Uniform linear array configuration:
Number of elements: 24
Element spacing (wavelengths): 0.5
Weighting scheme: cosine
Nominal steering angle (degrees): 45
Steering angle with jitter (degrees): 43.926
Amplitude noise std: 0.05
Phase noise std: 0.05

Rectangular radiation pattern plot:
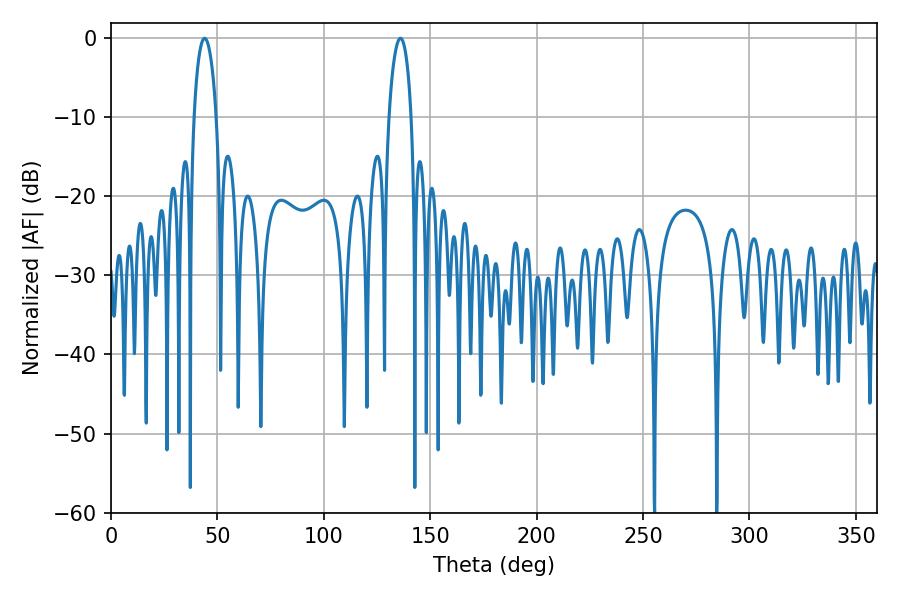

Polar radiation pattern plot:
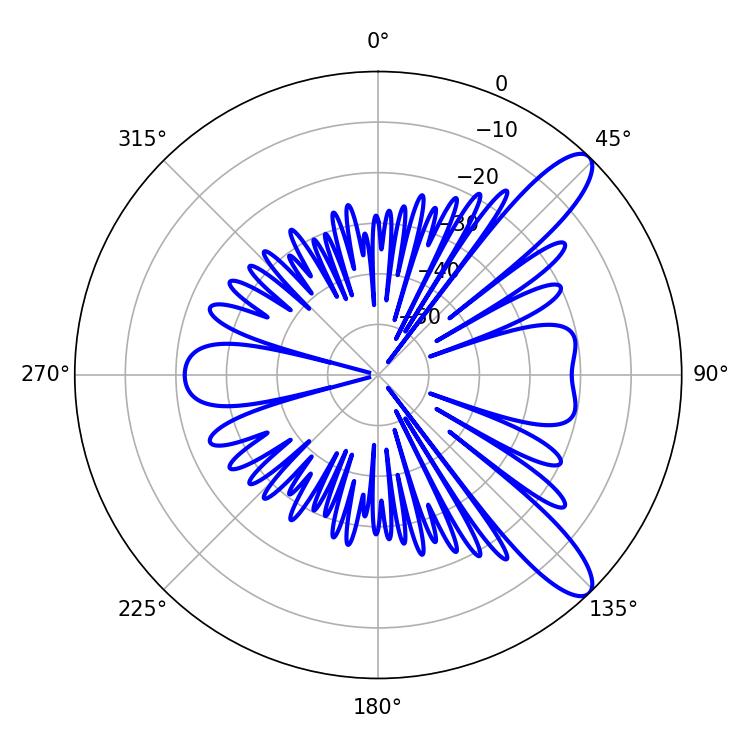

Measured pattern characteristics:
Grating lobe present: FALSE
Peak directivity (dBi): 10.938
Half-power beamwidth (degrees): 5.94
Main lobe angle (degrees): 43.92